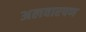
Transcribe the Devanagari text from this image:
अलवारपण